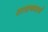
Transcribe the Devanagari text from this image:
साधनमार्ग